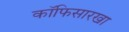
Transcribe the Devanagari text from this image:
कॉफिसारखा